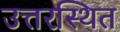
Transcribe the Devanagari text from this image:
उत्तरस्थित